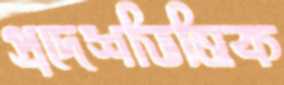
প্রদেশভিত্তিক